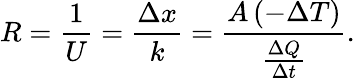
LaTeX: {\big.}R={\frac{1}{U}}={\frac{\Delta x}{k}}={\frac{A\, (-\Delta T)}{\frac{\Delta Q}{\Delta t}}}.